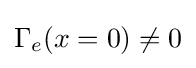
\Gamma _{e}(x=0)\neq 0